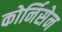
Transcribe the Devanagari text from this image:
कोर्निसेन